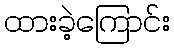
ထားခဲ့ကြောင်း